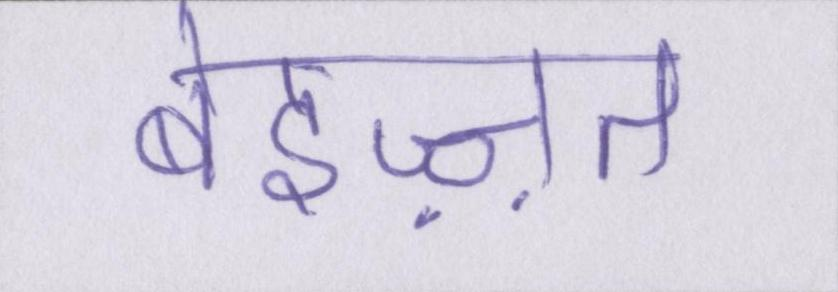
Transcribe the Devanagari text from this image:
बेइज़्ज़त